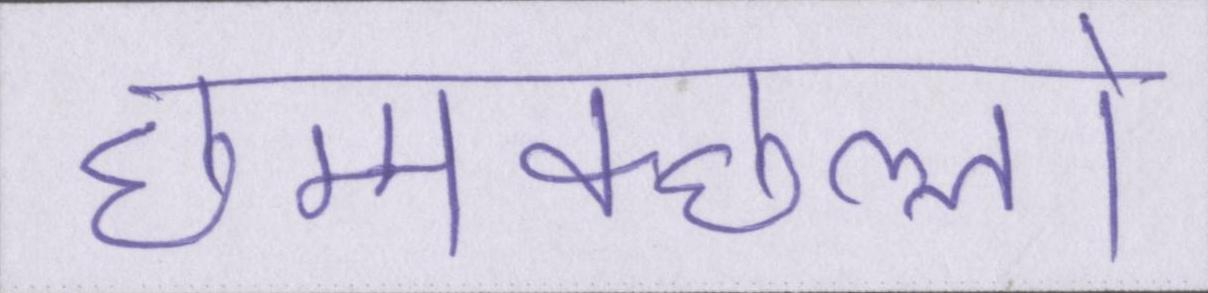
छम्मक्छल्लो